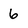
Character: 6